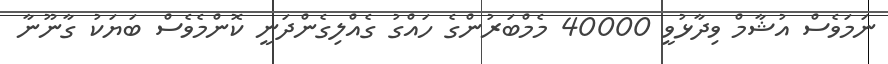
ނަމަވެސް އުޝާމް ވިދާޅުވީ 40000 މެމްބަރުންގެ ހައްގު ގެއްލިގެންދަނީ ކޮންމެވެސް ބަޔަކު ގާނޫނާ